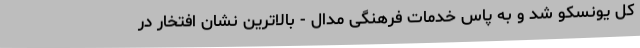
کل یونسکو شد و به پاس خدمات فرهنگی مدال - بالاترین نشان افتخار در